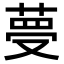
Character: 𦴋